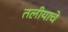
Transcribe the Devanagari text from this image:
तलीयाचे